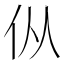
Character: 𰁧